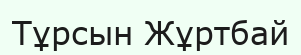
Тұрсын Жұртбай